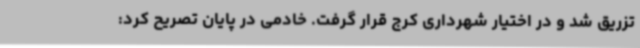
تزریق شد و در اختیار شهرداری کرج قرار گرفت. خادمی در پایان تصریح کرد: